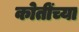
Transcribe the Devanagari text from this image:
कोतींच्या